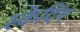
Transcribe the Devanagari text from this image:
स्केदिंग